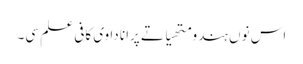
اس نوں ہندو متھیا تے پرانا دا وی کافی علم سی۔